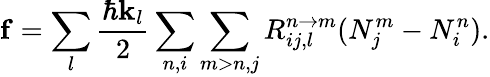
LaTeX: \mathbf{f}=\sum_{l}\frac{\hbar\mathbf{k}_{l}}{2}\sum_{n,i}\sum_{m>n,j}R_{ij,l}^{n\rightarrow m}(N_{j}^{m}-N_{i}^{n}).